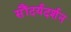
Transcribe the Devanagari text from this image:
सौंदर्यदर्शन